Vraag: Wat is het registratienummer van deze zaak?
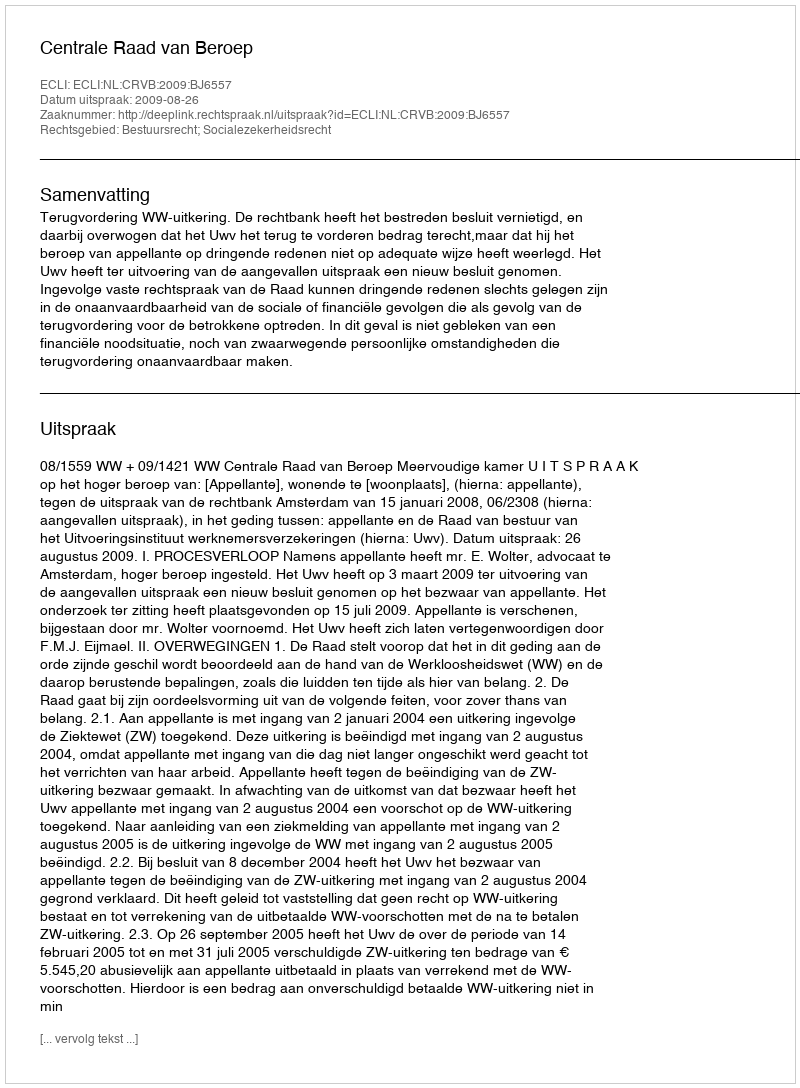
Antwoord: http://deeplink.rechtspraak.nl/uitspraak?id=ECLI:NL:CRVB:2009:BJ6557